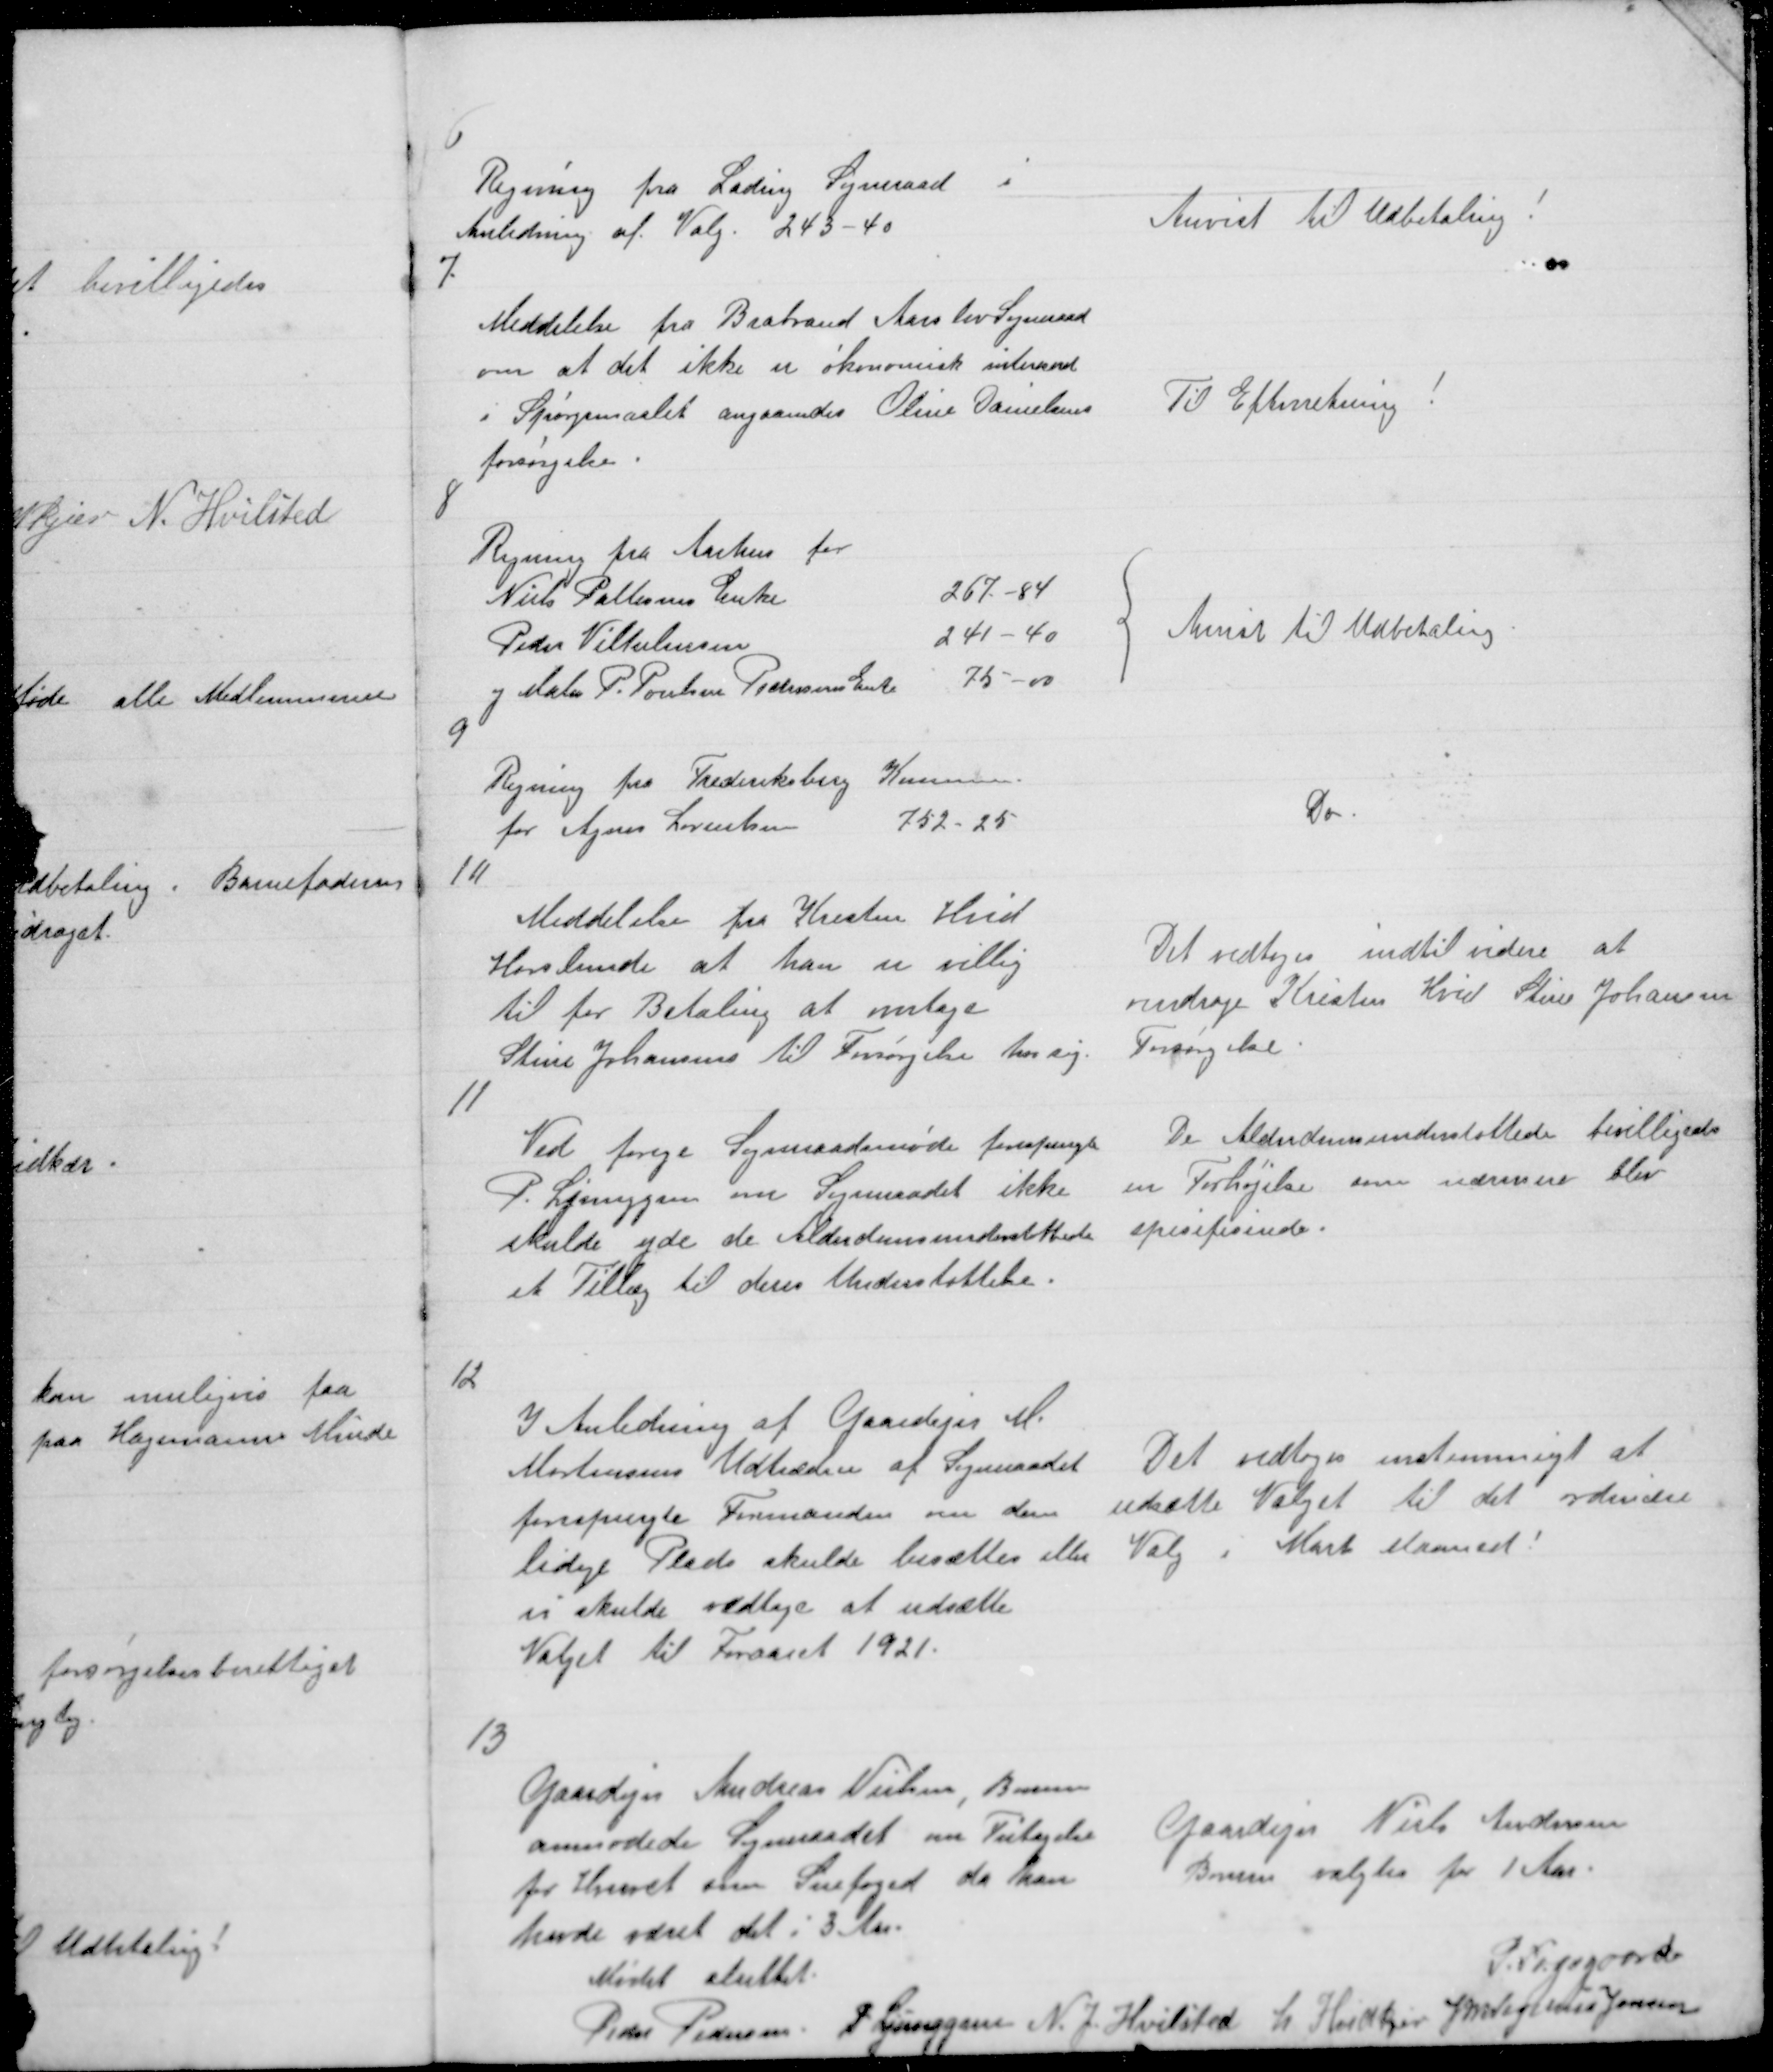
Transskription:
6

Regning fra Lading Sogneraad i
Anledning af Valg 243 - 40

Anvist til Udbetaling!

7

Meddelelse fra Brabrand Aarslev Sogneraad
om at det ikke er økonomisk intereseret
i Spørgsmaalet angaaende Oline Danielsens
forsørgelse.

Til Efterretning !

8

Regning fra Aarhus for
Niels Pallesens Enke
267 -84
Peder Vilhelmsen
241 - 40
og Maler P. Poulsen Pedersens Enke
75 - 00

Anvist til Udbetaling

9

Regning fra Frederiksberg Komune
for Agnes Lorentsen
752 - 25

Do.

10

Meddelelse fra Kresten Hvid
Horslunde at han er villig
til for Betaling at antage
Stine Johansen til Forsørgelse hos sig.

Det vedtoges indtil videre at
overdrage Kristen Hvid Stine Johansen
Forsørgelse.

11

Ved forige Sogneraadsmøde forespurgte
P. Ljunggen om Sogneraadet ikke
skulde yde de Alderdomsunderstøttede
et Tillæg til deres Understøttelse.

De Alderdomsunderstøttede bevilligedes
en Forhøjelse som nærmere blev
spefisisirede.

12

I Anledning af Gaardejer M.
Mortensens Udtræden af Sogneraadet
forespurgte Formanden om den
ledige Plads skulde besættes eller
vi skulde vedtage at udsætte
Valget til Foraaret 1921.

Det vedtoges enstemmigt at
udsætte Valget til det ordinære
Valg i Marts Maaned !

13

Gaardejer Andreas Nielsen, Borum
anmodede Sogneraadet om Fritagelse
for Hvervet som Snefoged da han
havde været det i 3 Aar.

Gaardejer Niels Andersen
Borum valgtes for 1 Aar.

Mødet sluttet.
P. Fogsgaard
Peder Pedersen P Ljunggren N. J. Hvilsted L Hvidkjær J M Vogelius Jensen